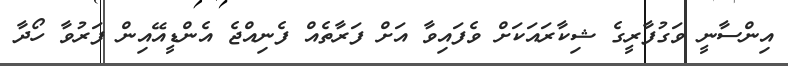
އިންސާނީ ވަގުފާރީގެ ޝިކާރައަކަށް ވެފައިވާ އަށް ފަރާތެއް ފެނިއްޖެ އެންޑީއޭއިން ފަރުވާ ހޯދާ